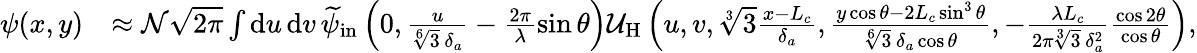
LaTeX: \begin{array}{rl}{\psi(x,y)}&{\approx\mathcal{N}\sqrt{2\pi}\int\mathrm{d}u\, \mathrm{d}v\, \smash{\widetilde{\psi}}_{\mathrm{in}}\left(0,\frac{u}{\sqrt[6]{3}\, \delta_{a}}-\frac{2\pi}{\lambda}\sin\theta\right)\mathcal{U}_{\mathrm{H}}\left(u,v,\sqrt[3]{3}\frac{x-L_{c}}{\delta_{a}},\frac{y\cos\theta-2L_{c}\sin^{3}\theta}{\sqrt[6]{3}\, \delta_{a}\cos\theta},-\frac{\lambda L_{c}}{2\pi\sqrt[3]{3}\, \delta_{a}^{2}}\frac{\cos 2\theta}{\cos\theta}\right),}\end{array}